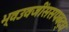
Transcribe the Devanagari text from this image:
भ्वउवजींससपबद्ध